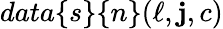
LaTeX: data\{ s\} \{ n\} (\ell,\mathbf{j},c)